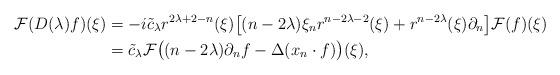
LaTeX: \begin{align*} \mathcal{F}(D(\lambda)f)(\xi)&=-i \tilde{c}_\lambda r^{2\lambda+2-n}(\xi)\big[(n-2\lambda)\xi_nr^{n-2\lambda-2}(\xi)+r^{n-2\lambda}(\xi)\partial_n\big]\mathcal{F}(f)(\xi)\\ &=\tilde{c}_\lambda\mathcal{F}\big((n-2\lambda)\partial_n f-\Delta(x_n\cdot f) \big)(\xi), \end{align*}